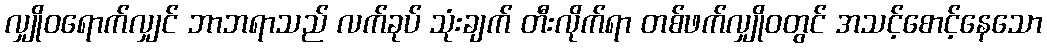
လျှိုဝရောက်လျှင် ဘာဘရာသည် လက်ခုပ် သုံးချက် တီးလိုက်ရာ တစ်ဖက်လျှိုဝတွင် အသင့်စောင့်နေသော